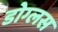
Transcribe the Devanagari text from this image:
डोग्लस